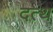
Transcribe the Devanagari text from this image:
दत्थ